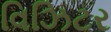
વિઝિટર